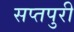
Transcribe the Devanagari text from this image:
सप्तपुरी